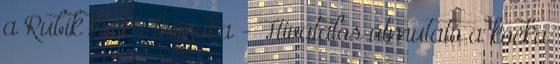
a Rubik kocka bajnoka - Hivatalos útmutató a kocka